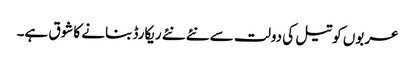
عربوں کو تیل کی دولت سے نئے نئے ریکارڈ بنانے کا شوق ہے۔